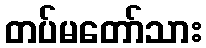
တပ်မတော်သား